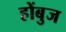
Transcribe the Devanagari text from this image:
होंबुज